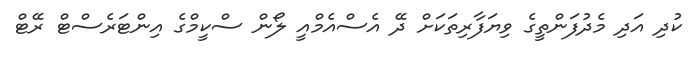
ކުދި އަދި މެދުފަންތީގެ ވިޔަފާރިތަކަށް ދޭ އެސްއެމްއީ ލޯން ސްކީމްގެ އިންޓަރެސްޓް ރޭޓް